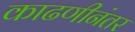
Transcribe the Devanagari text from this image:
काढणीनंतर